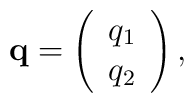
{\bf q}=    \left( \begin{array}{c}    q_{1}\\    q_{2}\\    \end{array} \right),